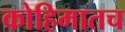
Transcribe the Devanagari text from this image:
कोहिमातच